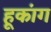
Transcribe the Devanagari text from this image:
हूकांग